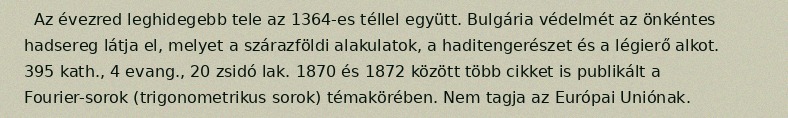
Az évezred leghidegebb tele az 1364-es téllel együtt. Bulgária védelmét az önkéntes hadsereg látja el, melyet a szárazföldi alakulatok, a haditengerészet és a légierő alkot. 395 kath., 4 evang., 20 zsidó lak. 1870 és 1872 között több cikket is publikált a Fourier-sorok (trigonometrikus sorok) témakörében. Nem tagja az Európai Uniónak.